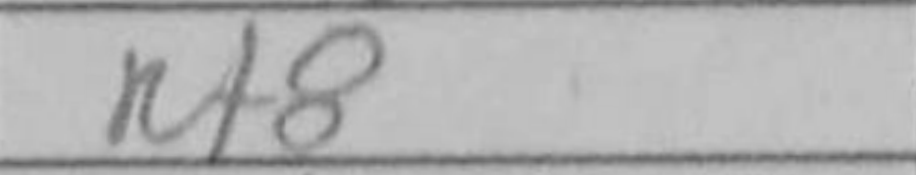
Transcription: Rf8